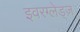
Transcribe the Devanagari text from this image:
इवरग्लेड्ज़